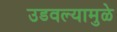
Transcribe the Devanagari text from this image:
उडवल्यामुळे